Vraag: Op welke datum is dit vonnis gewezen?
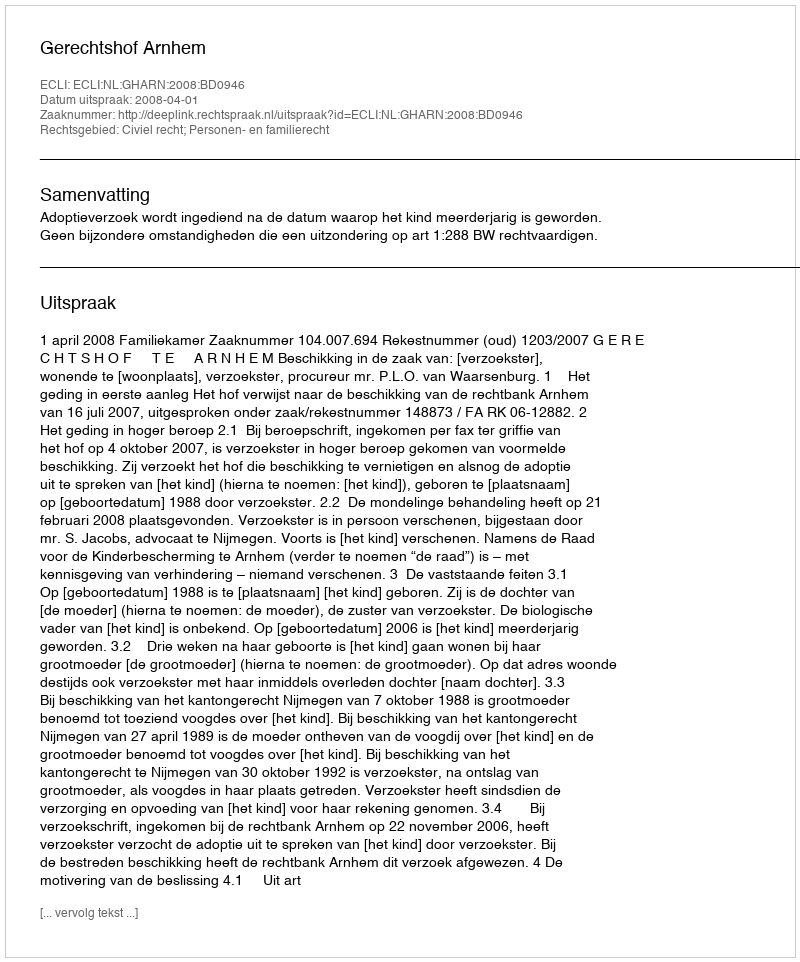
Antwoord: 2008-04-01